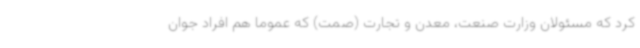
کرد که مسئولان وزارت صنعت، معدن و تجارت (صمت) که عموما هم افراد جوان